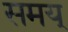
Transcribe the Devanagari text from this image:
समय्